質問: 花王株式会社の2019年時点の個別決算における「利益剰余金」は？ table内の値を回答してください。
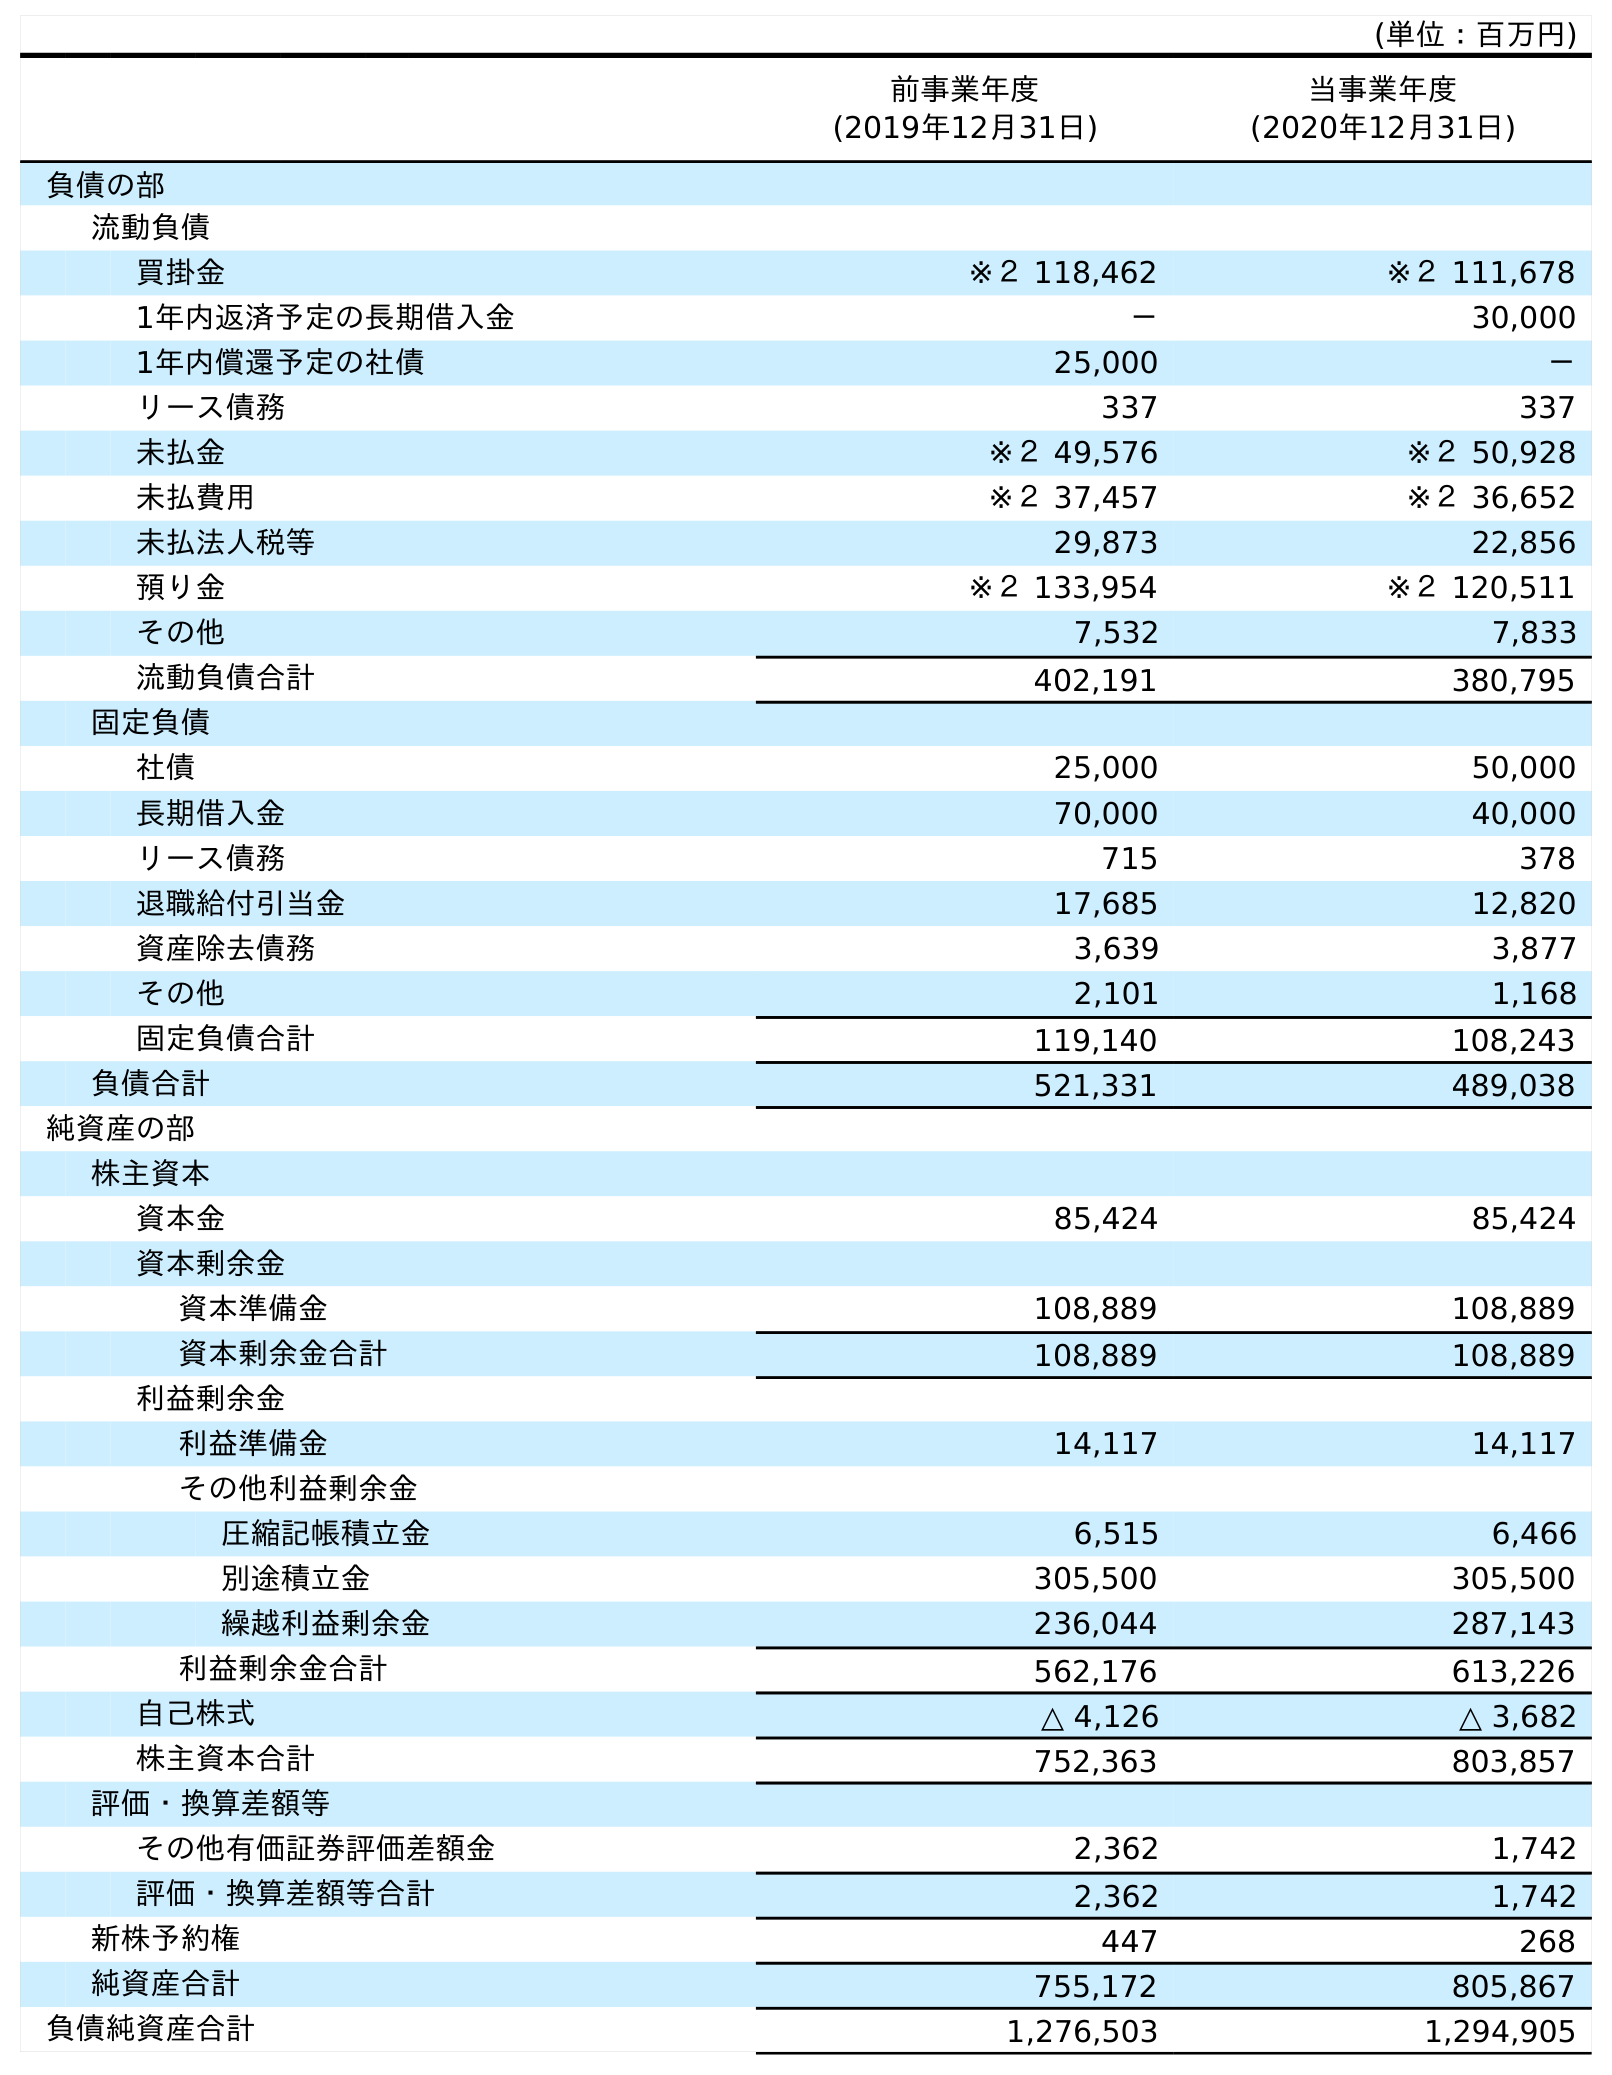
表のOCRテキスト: (単位：百万円) 前事業年度 (2019年12月31日) 当事業年度 (2020年12月31日) 負債の部 流動負債 買掛金 ※２ 118,462 ※２ 111,678 1年内返済予定の長期借入金 － 30,000 1年内償還予定の社債 25,000 － リース債務 337 337 未払金 ※２ 49,576 ※２ 50,928 未払費用 ※２ 37,457 ※２ 36,652 未払法人税等 29,873 22,856 預り金 ※２ 133,954 ※２ 120,511 その他 7,532 7,833 流動負債合計 402,191 380,795 固定負債 社債 25,000 50,000 長期借入金 70,000 40,000 リース債務 715 378 退職給付引当金 17,685 12,820 資産除去債務 3,639 3,877 その他 2,101 1,168 固定負債合計 119,140 108,243 負債合計 521,331 489,038 純資産の部 株主資本 資本金 85,424 85,424 資本剰余金 資本準備金 108,889 108,889 資本剰余金合計 108,889 108,889 利益剰余金 利益準備金 14,117 14,117 その他利益剰余金 圧縮記帳積立金 6,515 6,466 別途積立金 305,500 305,500 繰越利益剰余金 236,044 287,143 利益剰余金合計 562,176 613,226 自己株式 △ 4,126 △ 3,682 株主資本合計 752,363 803,857 評価・換算差額等 その他有価証券評価差額金 2,362 1,742 評価・換算差額等合計 2,362 1,742 新株予約権 447 268 純資産合計 755,172 805,867 負債純資産合計 1,276,503 1,294,905
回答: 562,176